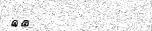
٤٠